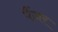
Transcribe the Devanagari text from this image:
पैंज़र